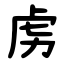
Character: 虏